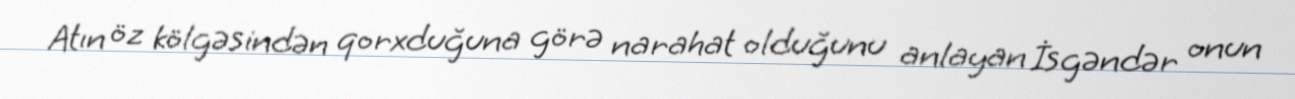
Atın öz kölgəsindən qorxduğuna görə narahat olduğunu anlayan İsgəndər onun